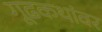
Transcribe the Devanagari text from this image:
गूढकथांवर